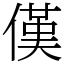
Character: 傼